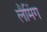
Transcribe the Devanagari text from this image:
लैमिंग